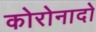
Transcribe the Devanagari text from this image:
कोरोनादो